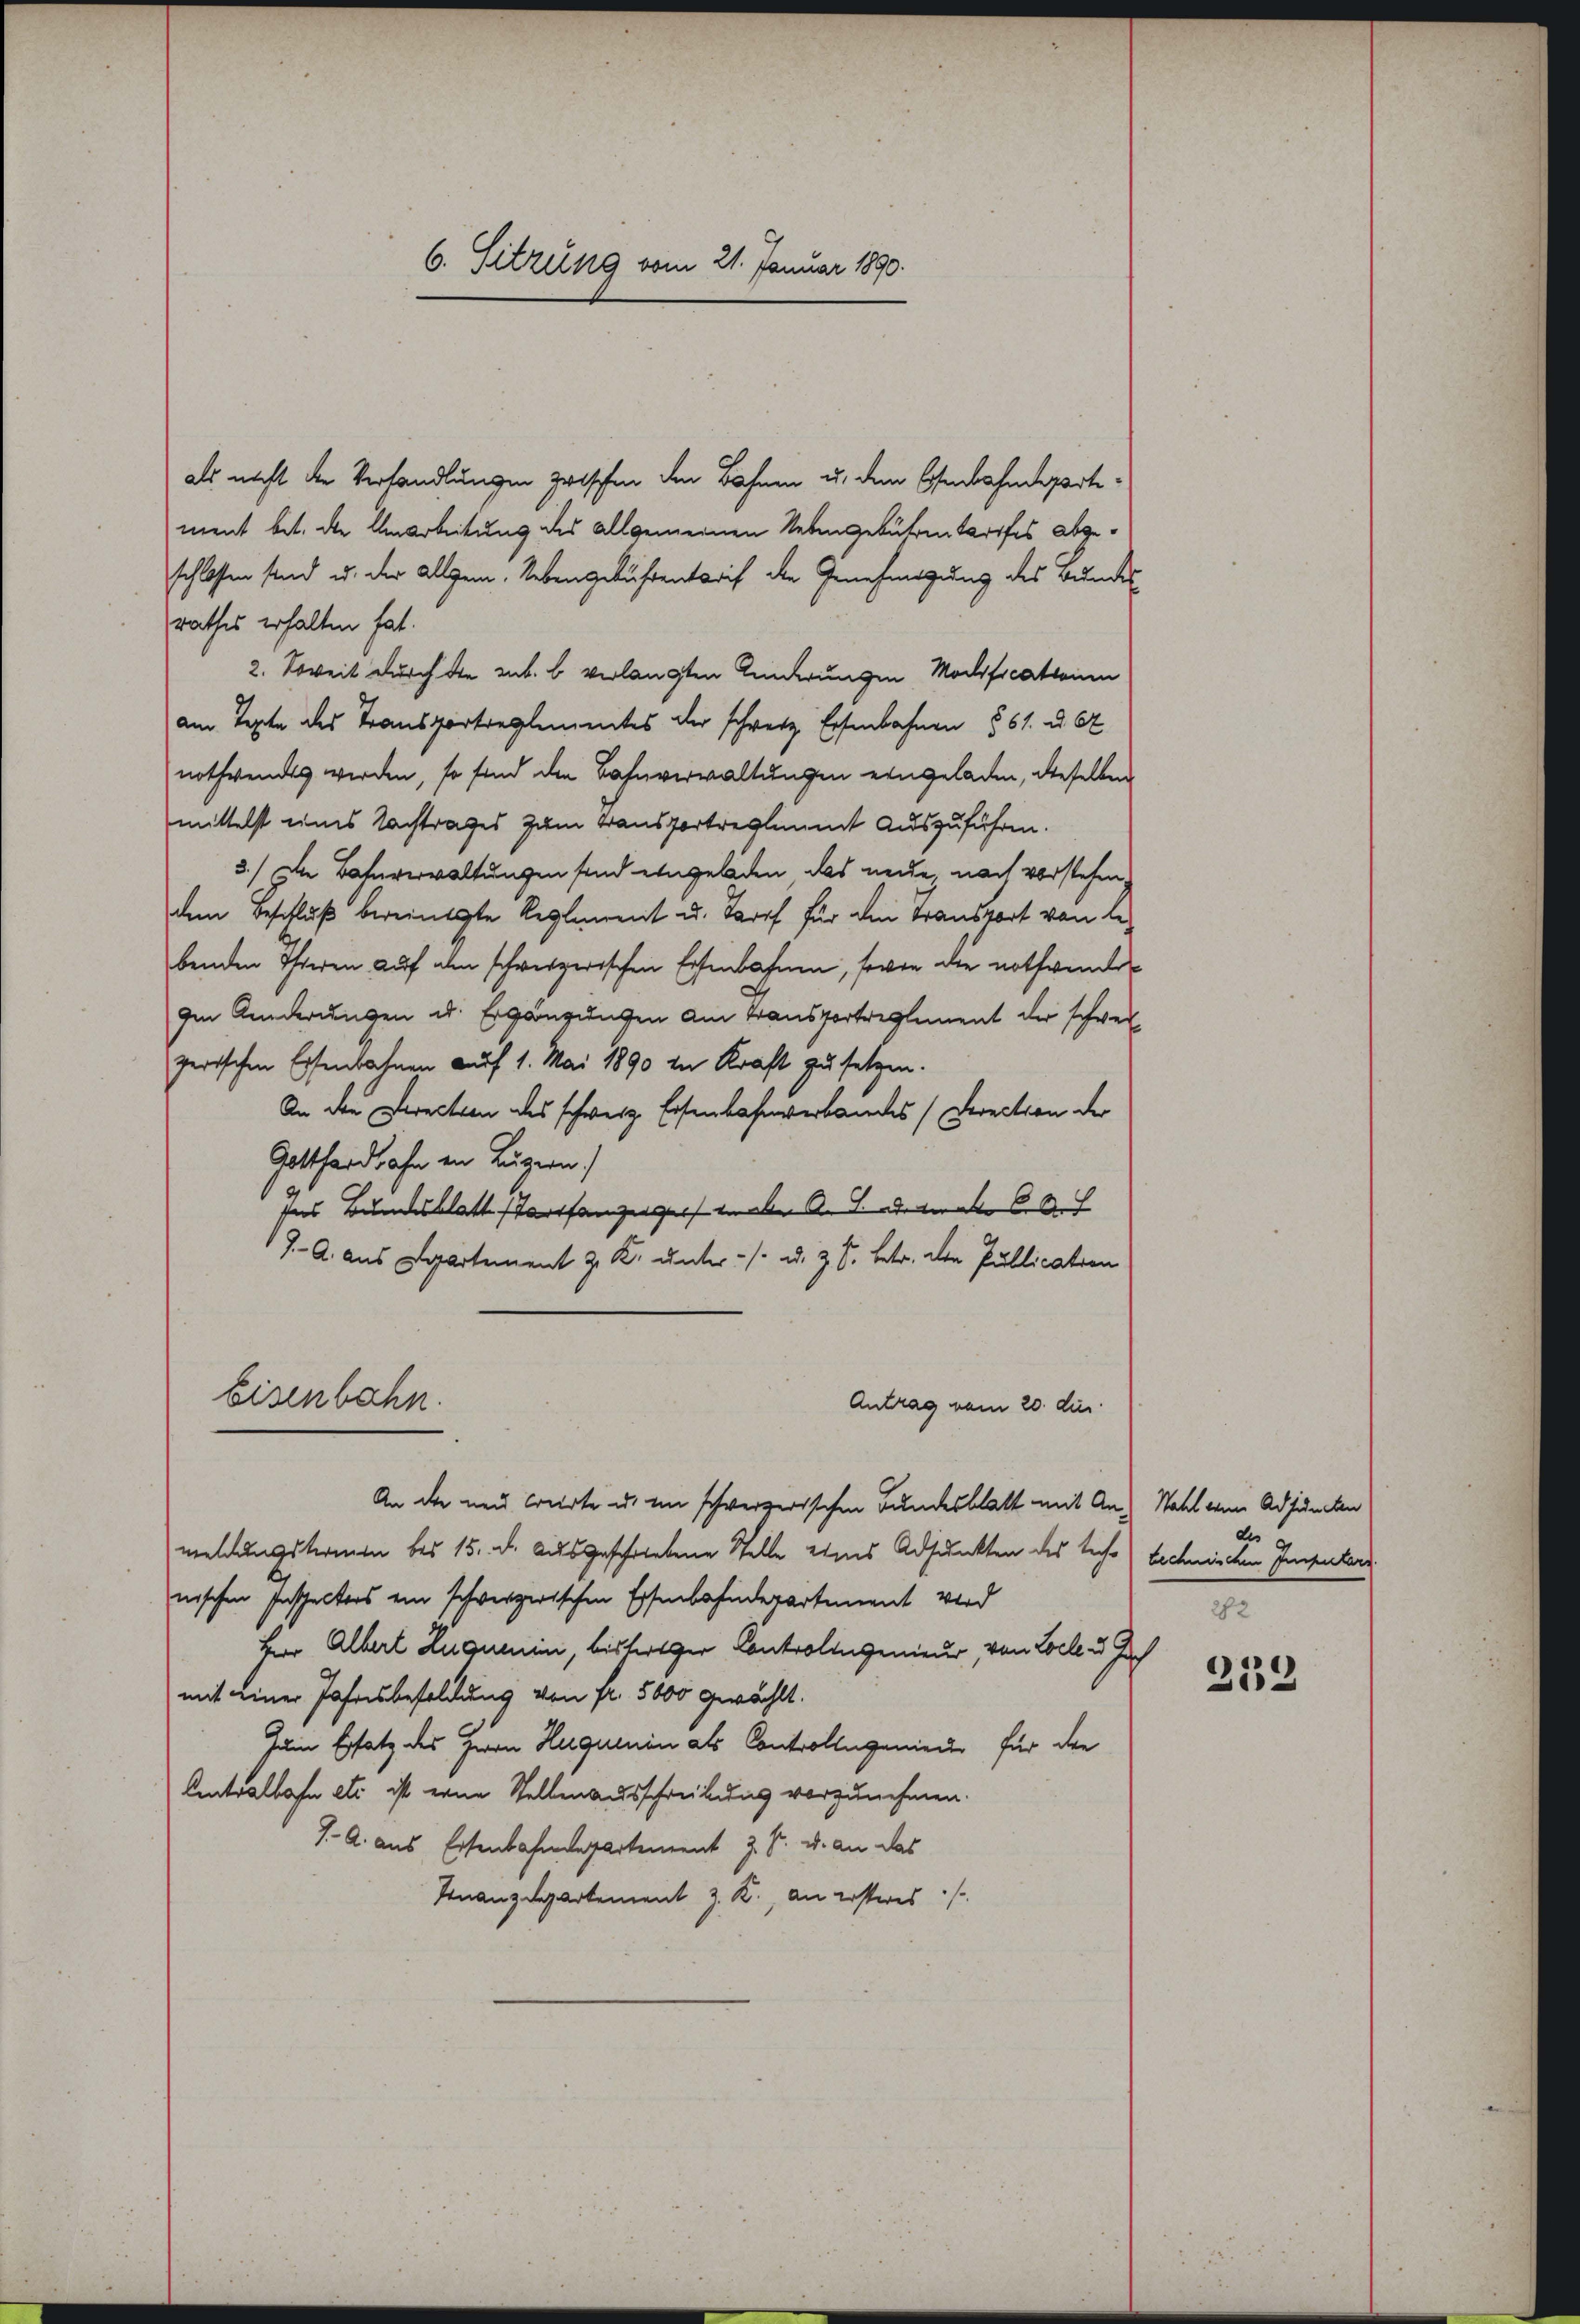
6. Sitzung vom 21. Januar 1890.

als nicht der Verhandlungen zwischen den Bahnen u. dem Eisenbahndepartement bit. die Umarbeitung des allgemeinen Nebengebührentarifes abgeschlossen sind u. der allgem. Lebengebührentarif die Genehmigung des Bundes
rathes erhalten hat.
2. Soweit durch die ent. b verlangten Kinderungen Modificationen
am Texte des Transportreglementes der schweiz. Eisenbahnen 861. d. 6
nothwendes werden, so sind den Bahnverwaltungen eingeladen, dieselben
mittelst eines Nachtrages zum Transportreglemmt auszuführen.
3.) Die Bahnverwaltungen sind eingeladen, das neue, nach vorstehen
dem Beschluß bereinigte Reglement u. Tarif für die Transport von Lebenden Thieren auf alem schweizerischen Eisenbahnen, sowie die nothwende
Im Änderungen u. Ergänzungen am Transportreglement der schwer
zerischen Eisenbahnen auf 1. Mai 1890 in Kraft zu setzen.
An die Direction des schweiz. Eisenbahnverbandes Direction der
Gotthardbahn in Luzern)
des Bundesblatte Parthanzeiger haben A. S. datirte Auf
7.- A. aus Departement z. K. unter ./. a. z. S. betr. den Publication
Eisenbahn.
Antrag vom 20. die
An die neu Carte u. im schwerzerischen Bundesblatt mit An- Wahl ein Adjuncten
meldungstreuen bis 15. d. ausgeschriebene Stelle eines Adjunkten des teche) technischen Inspeters
nischen Inspectors ein schwerzerischen Eisenbahnderartement wird
Herr Albert Lugumin, bistertiger Controlingenieur, von Zoll u. Hoch
mit einer Jahresbesoldung von fr. 5000 gewählt.
Zum Ersatz des Herrn Huguenin als Controllegenieder für die
Centralbahn etc ist eine Stellenausschreibung vorzunehmen.
J. A. aus Eisenbahndepartement z. B. u. an das
Finanzdepartement z. K., an ersteres

des
282

213